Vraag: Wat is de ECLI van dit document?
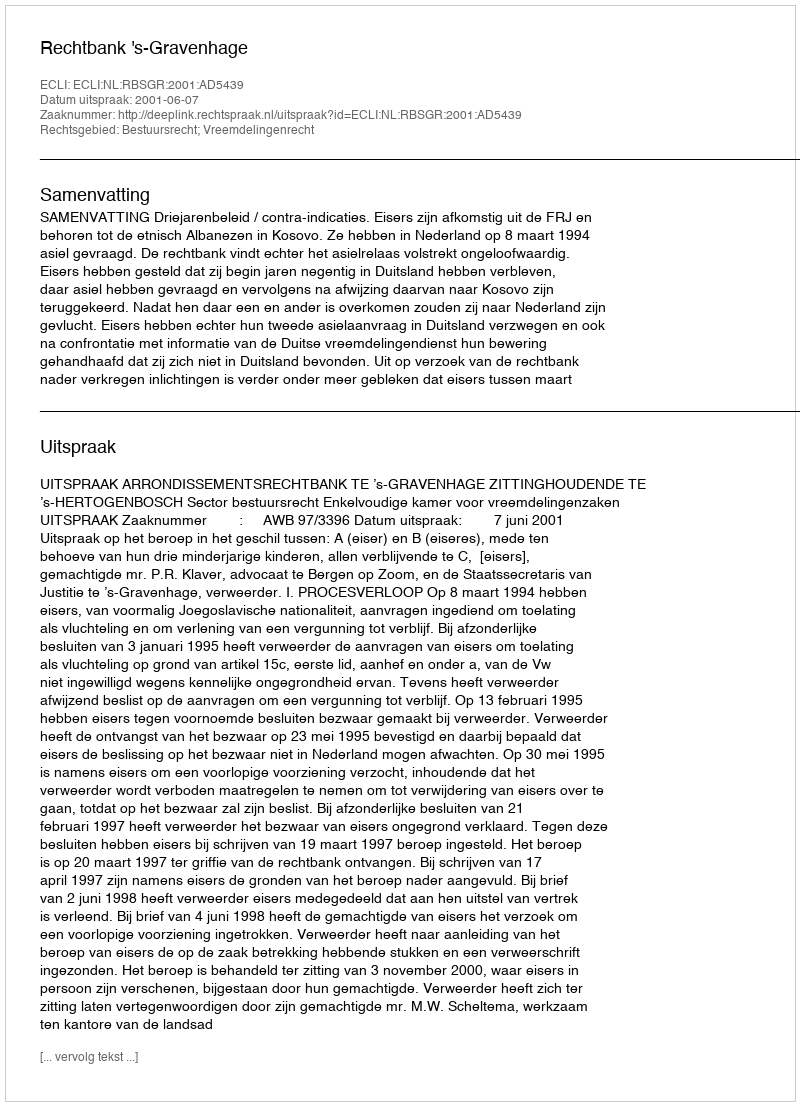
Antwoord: ECLI:NL:RBSGR:2001:AD5439